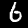
Label: 6